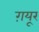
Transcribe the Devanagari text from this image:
ग़यूर